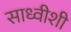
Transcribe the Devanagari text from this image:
साध्वीशी